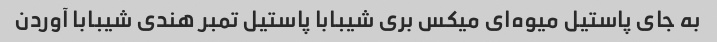
به جای پاستیل میوه‌ای میکس بری شیبابا پاستیل تمبر هندی شیبابا آوردن